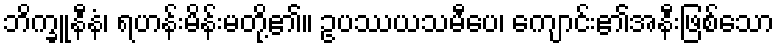
ဘိက္ခူနီနံ၊ ရဟန်းမိန်းမတို့၏။ ဥပဿယသမီပေ၊ ကျောင်း၏အနီးဖြစ်သော